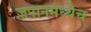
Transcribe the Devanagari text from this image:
जपानमध्येच